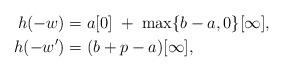
LaTeX: \begin{align*} h(-w) &= a[0] \;+\; \max\{b-a,0\}[\infty],\\ h(-w')&= (b+p-a)[\infty],\end{align*}